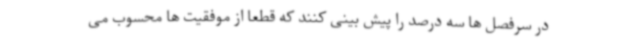
در سرفصل ها سه درصد را پیش بینی کنند که قطعا از موفقیت ها محسوب می